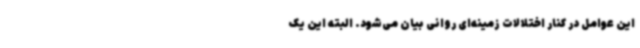
این عوامل در کنار اختلالات زمینه‌ای روانی بیان می‌شود. البته این یک